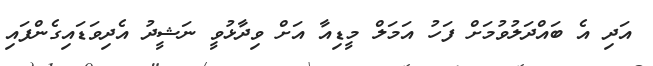
އަދި އެ ބައްދަލުވުމަށް ފަހު އަމަލް މީޑިއާ އަށް ވިދާޅުވީ ނަޝީދު އެދިވަޑައިގެންފައި